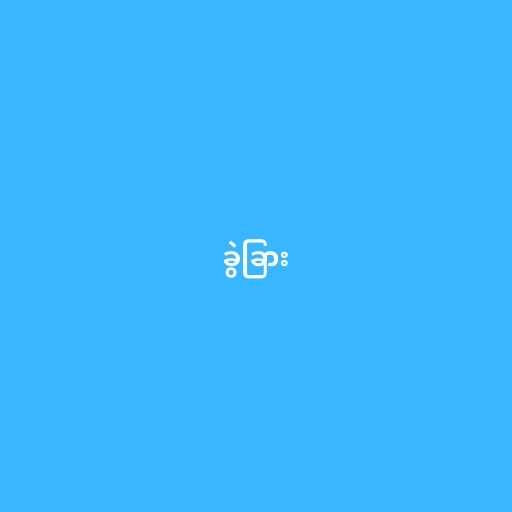
ခွဲခြား